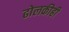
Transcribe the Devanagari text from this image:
ढोलकीही